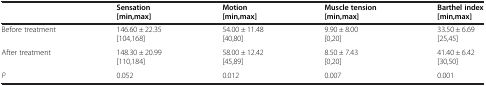
|  | Sensation [min,max] | Motion [min,max] | Muscle tension [min,max] | Barthel index [min,max] |
 | --- | --- | --- | --- | --- |
 | Before treatment | 146.60 ± 22.35 [104,168] | 54.00 ± 11.48 [40,80] | 9.90 ± 8.00 [0,20] | 33.50 ± 6.69 [25,45] |
 | After treatment | 148.30 ± 20.99 [110,184] | 58.00 ± 12.42 [45,89] | 8.50 ± 7.43 [0,20] | 41.40 ± 6.42 [30,50] |
 | P | 0.052 | 0.012 | 0.007 | 0.001 |